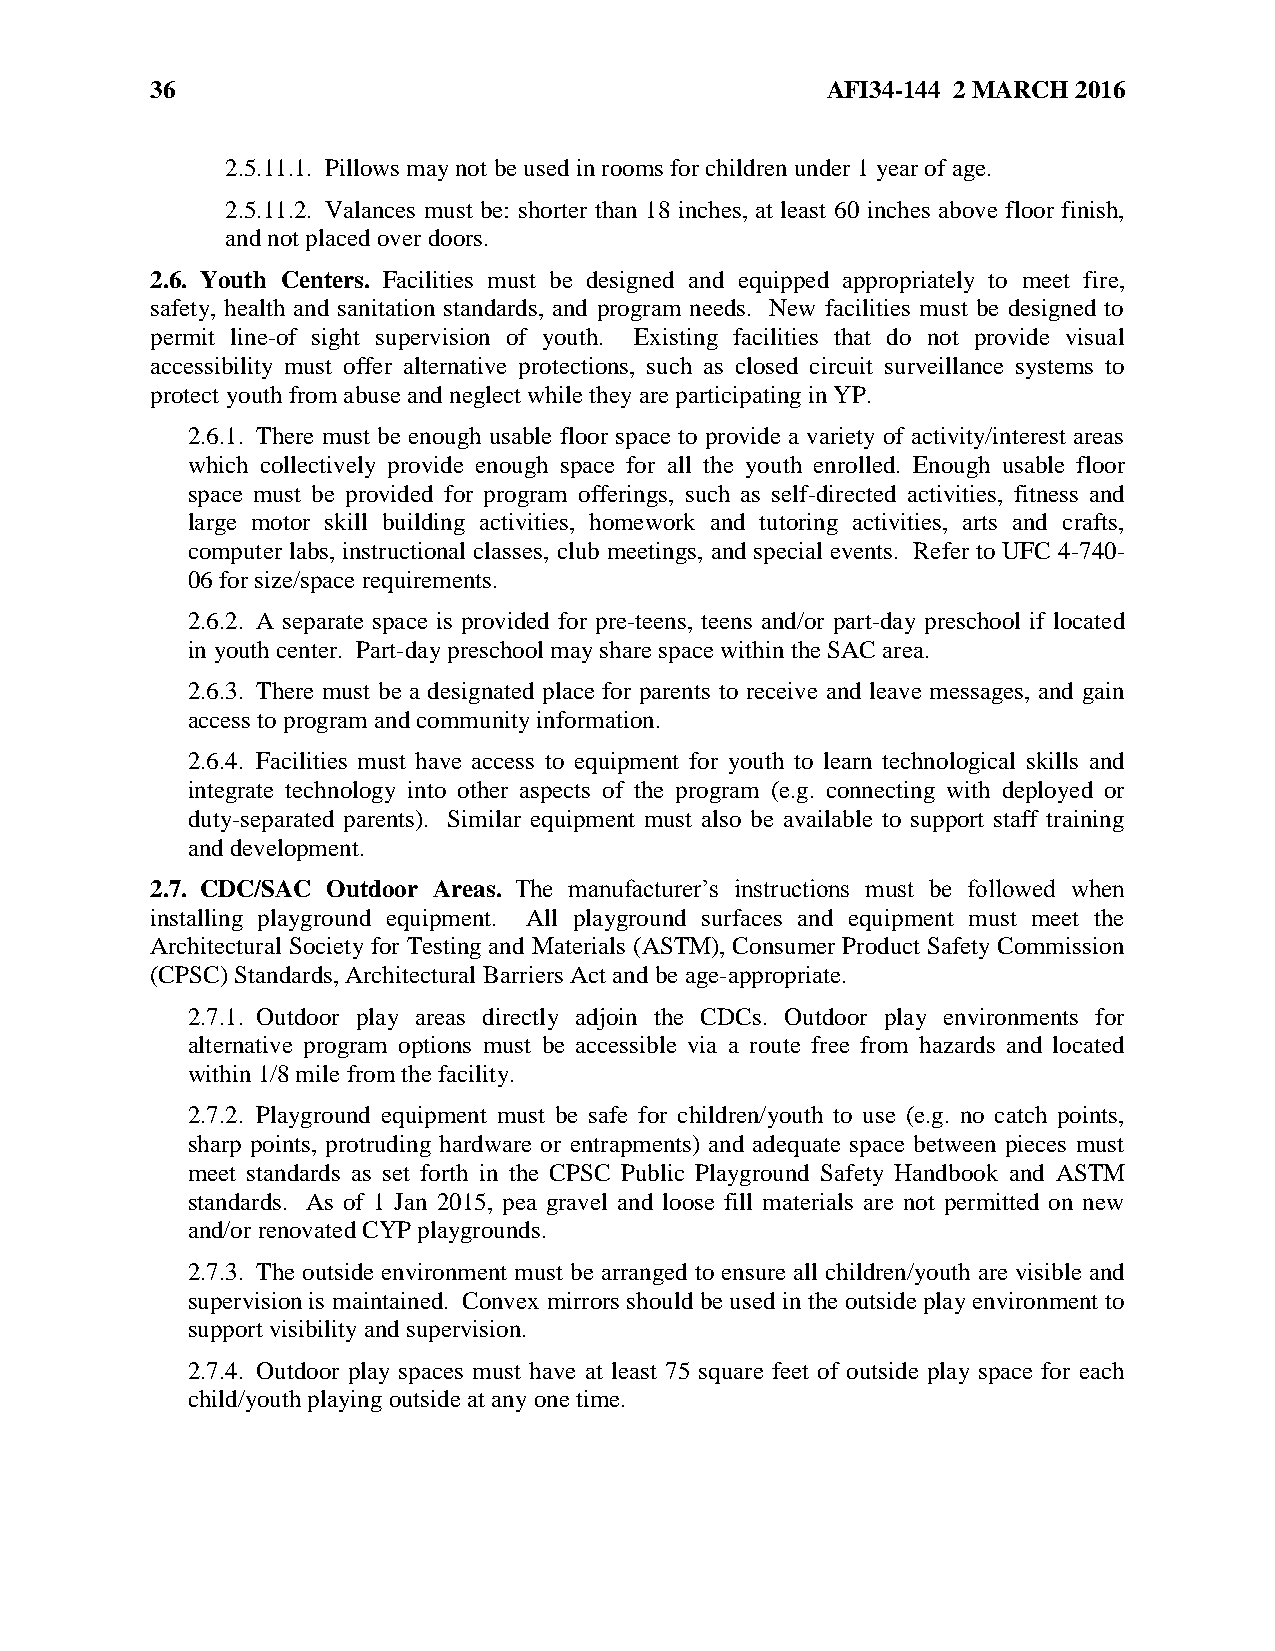
36                                           AFI34-144 2 MARCH 2016
 2.5.11.1. Pillows may not be used in rooms for children under 1 year of age.
 2.5.11.2. Valances must be: shorter than 18 inches, at least 60 inches above floor finish,
 and not placed over doors.
 2.6. Youth Centers. Facilities must be designed and equipped appropriately to meet fire,
 safety, health and sanitation standards, and program needs. New facilities must be designed to
 permit line-of sight supervision of youth. Existing facilities that do not provide visual
 accessibility must offer alternative protections, such as closed circuit surveillance systems to
 protect youth from abuse and neglect while they are participating in YP.
 2.6.1. There must be enough usable floor space to provide a variety of activity/interest areas
 which collectively provide enough space for all the youth enrolled. Enough usable floor
 space must be provided for program offerings, such as self-directed activities, fitness and
 large motor skill building activities, homework and tutoring activities, arts and crafts,
 computer labs, instructional classes, club meetings, and special events. Refer to UFC 4-740-
 06 for size/space requirements.
 2.6.2. A separate space is provided for pre-teens, teens and/or part-day preschool if located
 in youth center. Part-day preschool may share space within the SAC area.
 2.6.3. There must be a designated place for parents to receive and leave messages, and gain
 access to program and community information.
 2.6.4. Facilities must have access to equipment for youth to learn technological skills and
 integrate technology into other aspects of the program (e.g. connecting with deployed or
 duty-separated parents). Similar equipment must also be available to support staff training
 and development.
 2.7. CDC/SAC Outdoor Areas. The manufacturer’s instructions must be followed when
 installing playground equipment. All playground surfaces and equipment must meet the
 Architectural Society for Testing and Materials (ASTM), Consumer Product Safety Commission
 (CPSC) Standards, Architectural Barriers Act and be age-appropriate.
 2.7.1. Outdoor play areas directly adjoin the CDCs. Outdoor play environments for
 alternative program options must be accessible via a route free from hazards and located
 within 1/8 mile from the facility.
 2.7.2. Playground equipment must be safe for children/youth to use (e.g. no catch points,
 sharp points, protruding hardware or entrapments) and adequate space between pieces must
 meet standards as set forth in the CPSC Public Playground Safety Handbook and ASTM
 standards. As of 1 Jan 2015, pea gravel and loose fill materials are not permitted on new
 and/or renovated CYP playgrounds.
 2.7.3. The outside environment must be arranged to ensure all children/youth are visible and
 supervision is maintained. Convex mirrors should be used in the outside play environment to
 support visibility and supervision.
 2.7.4. Outdoor play spaces must have at least 75 square feet of outside play space for each
 child/youth playing outside at any one time.